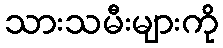
သားသမီးများကို